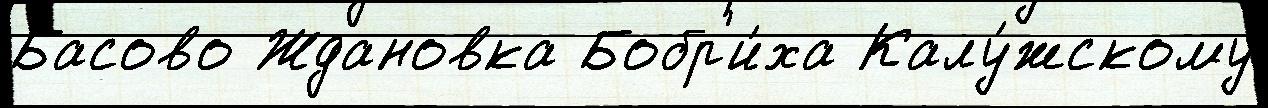
Басово Ждановка Бобр'и́ха Калу́жскому